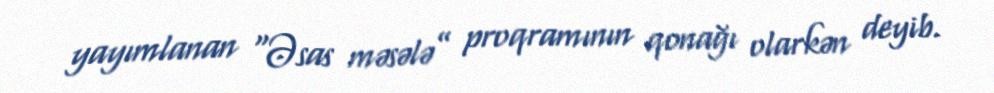
yayımlanan “Əsas məsələ” proqramının qonağı olarkən deyib.